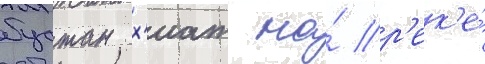
бустан х'иат на́ р'ек'е́